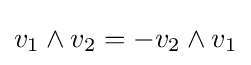
v_{1}\wedge v_{2}=-v_{2}\wedge v_{1}